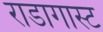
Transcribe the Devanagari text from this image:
राडागास्ट